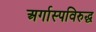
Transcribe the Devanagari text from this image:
अर्गास्पविरुद्ध